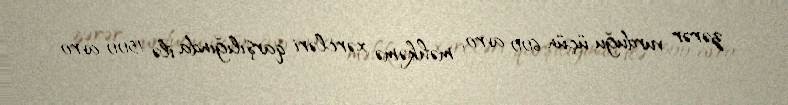
zərər vurduğu üçün 600 avro, məhkəmə xərcləri qarşılığında ilə 1500 avro